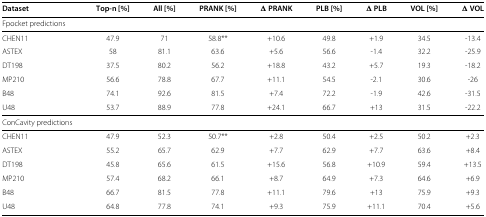
| Dataset | Top-n [%] | All [%] | PRANK [%] | Δ PRANK | PLB [%] | Δ PLB | VOL [%] | Δ VOL |
 | --- | --- | --- | --- | --- | --- | --- | --- | --- |
 | <COLSPAN=9> Fpocket predictions |
 | CHEN11 | 47.9 | 71 | 58.8** | +10.6 | 49.8 | +1.9 | 34.5 | -13.4 |
 | ASTEX | 58 | 81.1 | 63.6 | +5.6 | 56.6 | -1.4 | 32.2 | -25.9 |
 | DT198 | 37.5 | 80.2 | 56.2 | +18.8 | 43.2 | +5.7 | 19.3 | -18.2 |
 | MP210 | 56.6 | 78.8 | 67.7 | +11.1 | 54.5 | -2.1 | 30.6 | -26 |
 | B48 | 74.1 | 92.6 | 81.5 | +7.4 | 72.2 | -1.9 | 42.6 | -31.5 |
 | U48 | 53.7 | 88.9 | 77.8 | +24.1 | 66.7 | +13 | 31.5 | -22.2 |
 | <COLSPAN=9> ConCavity predictions |
 | CHEN11 | 47.9 | 52.3 | 50.7** | +2.8 | 50.4 | +2.5 | 50.2 | +2.3 |
 | ASTEX | 55.2 | 65.7 | 62.9 | +7.7 | 62.9 | +7.7 | 63.6 | +8.4 |
 | DT198 | 45.8 | 65.6 | 61.5 | +15.6 | 56.8 | +10.9 | 59.4 | +13.5 |
 | MP210 | 57.4 | 68.2 | 66.1 | +8.7 | 64.9 | +7.3 | 64.6 | +6.9 |
 | B48 | 66.7 | 81.5 | 77.8 | +11.1 | 79.6 | +13 | 75.9 | +9.3 |
 | U48 | 64.8 | 77.8 | 74.1 | +9.3 | 75.9 | +11.1 | 70.4 | +5.6 |